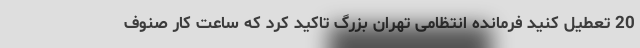
20 تعطیل کنید فرمانده انتظامی تهران بزرگ تاکید کرد که ساعت کار صنوف